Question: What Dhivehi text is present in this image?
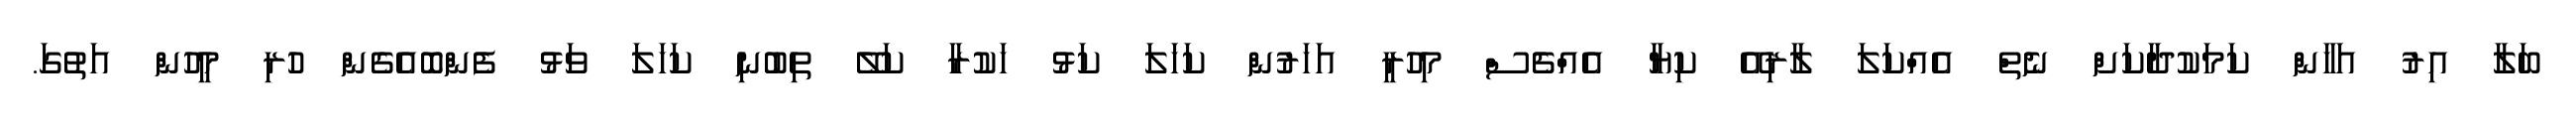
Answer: ބަލާ އިރު އަހާން ކަމަކުދާކަށް ނެތް އެއްކަލަ ލާރިއޭ ކިޔާ އެއްޗެސް މިހުރީ އަހަރުން ކަހަލަ ކަޅު ހަކުރާ ކަލޭ ތިބުނި ކަހަލަ ވަޅު ފެންބޮއެގެން ހުރި މީހުން އަތުގަ.